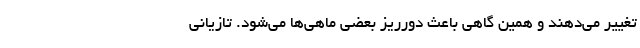
تغییر می‌دهند و همین گاهی باعث دورریز بعضی ماهی‌ها می‌شود. تازیانی